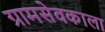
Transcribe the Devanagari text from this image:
ग्रामसेवकाला